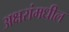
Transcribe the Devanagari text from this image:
अक्षरांमधील